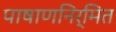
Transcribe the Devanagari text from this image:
पाषाणनिर्मित